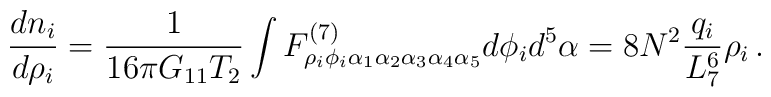
\frac{dn_i}{d\rho_i}=\frac{1}{16\pi G_{11} T_2}   \int F^{(7)}_{\rho_i \phi_i \alpha_1\alpha_2 \alpha_3 \alpha_4 \alpha_5 } d\phi_i d^5 \alpha =8N^{2}\frac{q_i}{L_7^6} \rho_i \,.